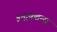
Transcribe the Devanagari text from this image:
इन्ट्रक्शन्स